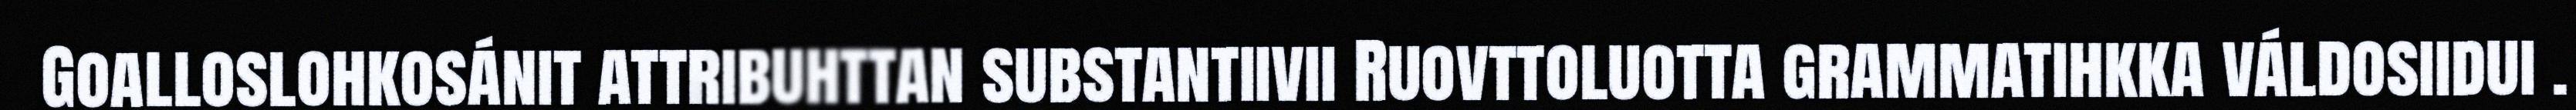
Goalloslohkosánit attribuhttan substantiivii Ruovttoluotta grammatihkka váldosiidui .